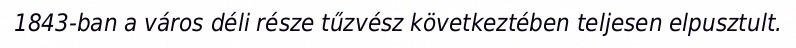
1843-ban a város déli része tűzvész következtében teljesen elpusztult.